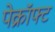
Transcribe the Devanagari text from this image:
पेक्रॉफ्ट